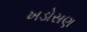
ખડોસણ